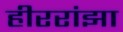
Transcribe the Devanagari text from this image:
हीररांझा